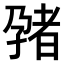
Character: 𫲬